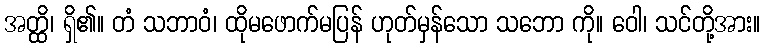
အတ္ထိ၊ ရှိ၏။ တံ သဘာဝံ၊ ထိုမဖောက်မပြန် ဟုတ်မှန်သော သဘော ကို။ ဝေါ၊ သင်တို့အား။